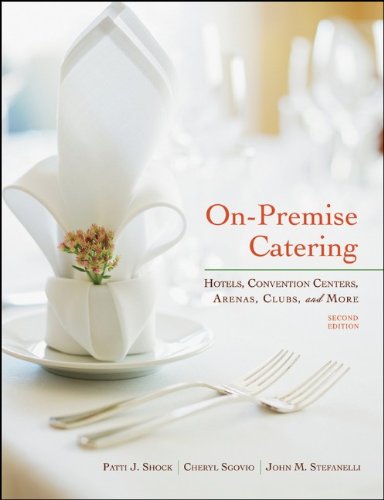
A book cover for On-Premise Catering: Hotels, Convention Centers, Arenas, Clubs, and More; Patti J. Shock; Cookbooks, Food & Wine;